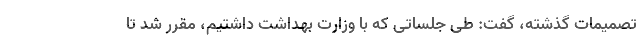
تصمیمات گذشته، گفت: طی جلساتی که با وزارت بهداشت داشتیم، مقرر شد تا